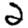
Digit: 2